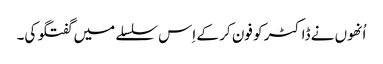
اُنھوں نے ڈاکٹر کو فون کر کے اِس سلسلے میں گفتگو کی۔